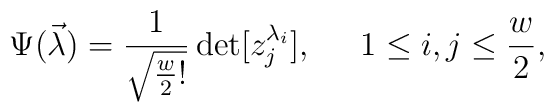
\Psi (\vec\lambda)=\frac{1}{\sqrt{\frac{w}{2}!} }\det [z_j^{\lambda_i}],\;\;\;\;\; 1\leq i,j\leq \frac{w}{2},